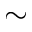
\sim